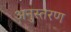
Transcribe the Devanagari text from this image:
अनुस्तरण